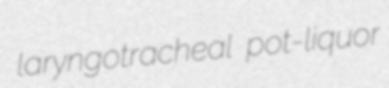
laryngotracheal pot-liquor